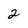
Character: 2